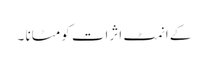
کے انمٹ اثرات کو مٹانا ۔